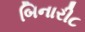
બિનારી૮